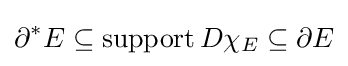
\partial ^{*}E\subseteq \operatorname {support} D\chi _{E}\subseteq \partial E